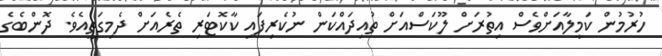
ހުރުމުން ކަމީލާއަށްވެސް އިތުރަށް ލޫކަސްއަށް ތުއިދައްކަން ނުކެރިފައި ކާކޮޓަރި ތެރެއަށް ދެމިގަތީއެވެ. ދޮންބެގެ